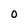
Character: O